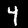
Digit: 4